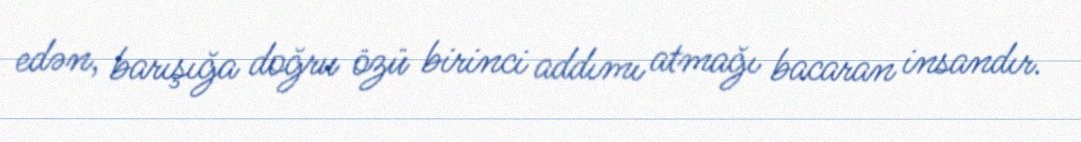
edən, barışığa doğru özü birinci addımı atmağı bacaran insandır.